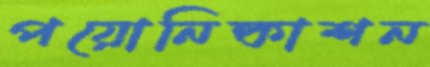
পয়োনিষ্কাশন